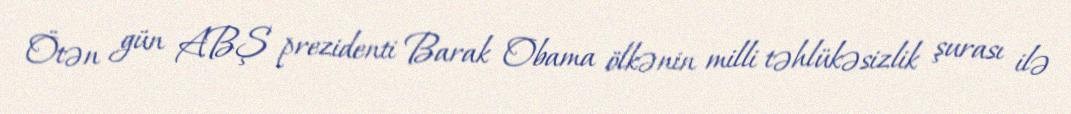
Ötən gün ABŞ prezidenti Barak Obama ölkənin milli təhlükəsizlik şurası ilə